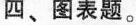
四、图表题。